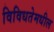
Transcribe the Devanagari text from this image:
विविधतेमधील